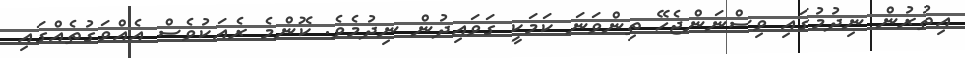
އިތުރުން ނިދުމުގައި ވިސްނަންޖެހޭ ތިންވަނަ ކަމަކީ ގަވައިދުން ނިދުމެވެ. ކޮންމެ ރެއަކުވެސް އެއްވަގުތެއްގައި